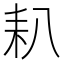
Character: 𦓧